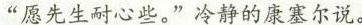
“愿先生耐心些。”冷静的康塞尔说。